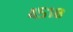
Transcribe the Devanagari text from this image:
४५१८